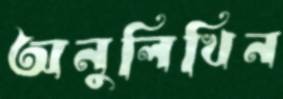
অনুলিখিন